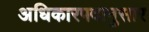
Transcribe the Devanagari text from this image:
अधिकारपदानुसार